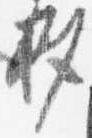
杓